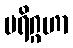
ပရိဂ္ဂဟာ